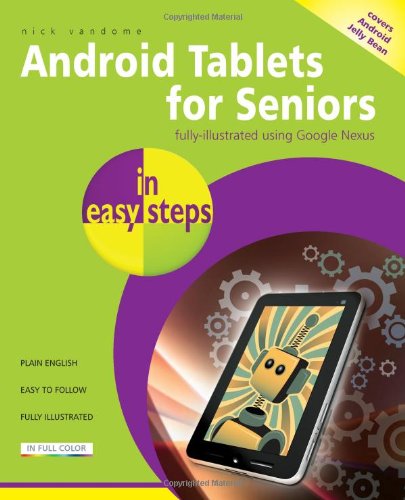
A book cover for Android Tablets for Seniors in Easy Steps; Nick Vandome; Computers & Technology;